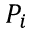
P _ { i }